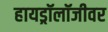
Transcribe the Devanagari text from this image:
हायड्रॉलॉजीवर